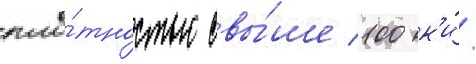
пло́тностью свы́ше 100 к'и́/